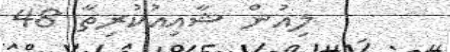
ލިއުން ޝާއިއުކުރިތާ 48